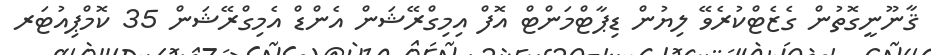
ޤާނޫނީގޮތުން ގެޒެޓްކުރެވޭ ލިޔުން ޑިޕާޓްމަންޓް އޮފް އިމިގްރޭޝަން އެންޑް އެމިގްރޭޝަން 35 ކޮމްޕިއުޓަރ